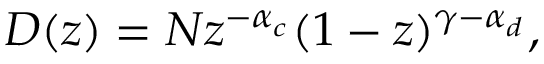
D ( z ) = N z ^ { - \alpha _ { c } } ( 1 - z ) ^ { \gamma - \alpha _ { d } } ,